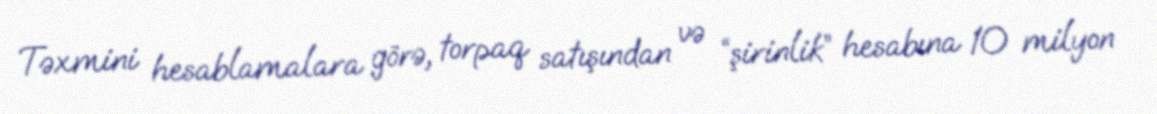
Təxmini hesablamalara görə, torpaq satışından və “şirinlik” hesabına 10 milyon